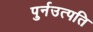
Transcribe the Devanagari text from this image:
पुर्नउत्पति